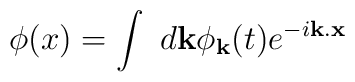
\phi(x)=\int~d {\bf k} \phi_{{\bf k}}(t)e^{-i{\bf k}.{\bf x}}